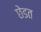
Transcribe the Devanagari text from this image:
छेडत